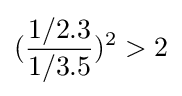
({\frac {1/2.3}{1/3.5}})^{2}>2